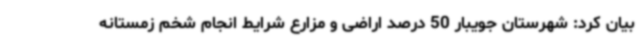
بیان کرد: شهرستان جویبار 50 درصد اراضی و مزارع شرایط انجام شخم زمستانه